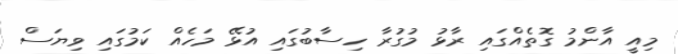
މިއީ އާންމު ގޮތެއްގައި ރާޅު މުގުރާ ހިސާބުގައި އުޅޭ މަހެއް ކަމުގައި ވިޔަސް